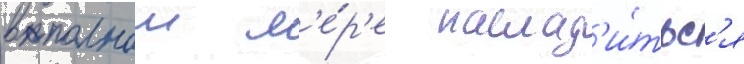
в полнои м'е́р'е наслад'и́тьс'я